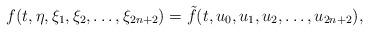
LaTeX: \begin{align*}f(t, \eta, \xi_1, \xi_2, \dots, \xi_{2n+2}) =\tilde f(t, u_0, u_1, u_2, \dots, u_{2n+2}), \end{align*}